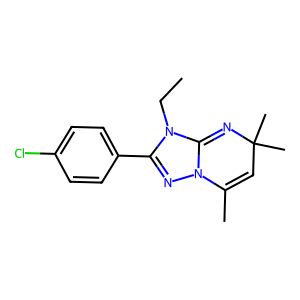
SMILES: CCN1C(c2ccc(Cl)cc2)=NN2C(C)=CC(C)(C)N=C12
Inhibits HIV replication: No